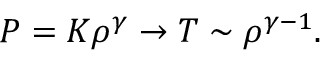
P = K \rho ^ { \gamma } \rightarrow T \sim \rho ^ { \gamma - 1 } .